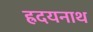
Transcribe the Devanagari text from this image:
ह्रदयनाथ